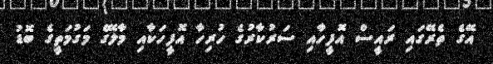
އޭގެ ތެރޭގައި ރައީސް އޮފީހާއި ސަރުކާރުގެ ހުރިހާ އޮފީހަކާއި މާލޭގެ މަގުމަތީގެ ބޮޑު